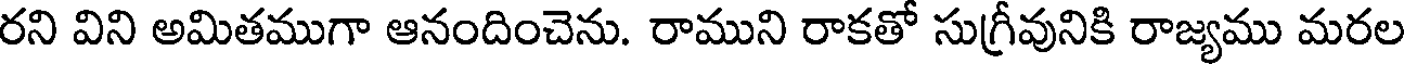
రని విని అమితముగా ఆనందించెను. రాముని రాకతో సుగ్రీవునికి రాజ్యము మరల